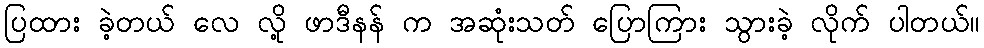
ပြထား ခဲ့တယ် လေ လို့ ဖာဒီနန် က အဆုံးသတ် ပြောကြား သွားခဲ့ လိုက် ပါတယ်။